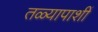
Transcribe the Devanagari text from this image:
तळ्यापाशीं